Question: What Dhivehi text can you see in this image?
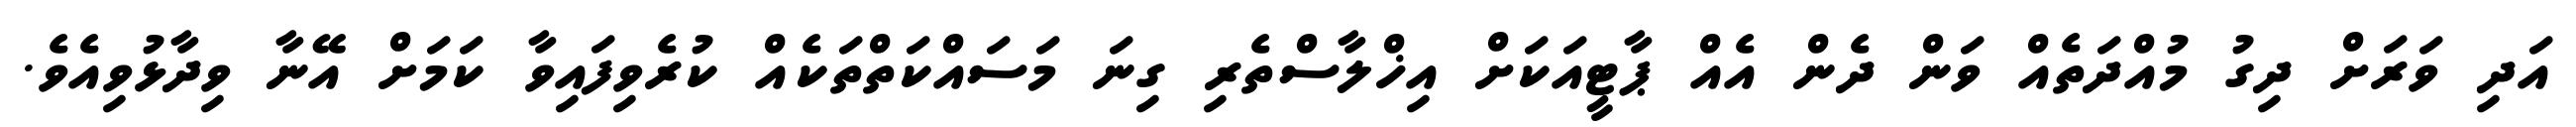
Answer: އަދި ވަރަށް ދިގު މުއްދަތެއް ވަން ދެން އެއް ޕާޓީއަކަށް އިޚްލާސްތެރި ގިނަ މަސައްކަތްތަކެއް ކުރެވިފައިވާ ކަމަށް އޭނާ ވިދާޅުވިއެވެ.